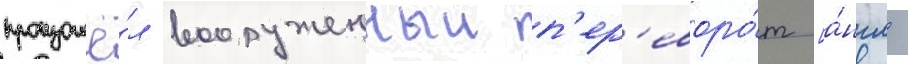
произошё́л вооруженныи п'ер'еворо́т [а́нгл.